Lunatic asylums Madras 1892-1911 - 1892-1911
Year: 1892
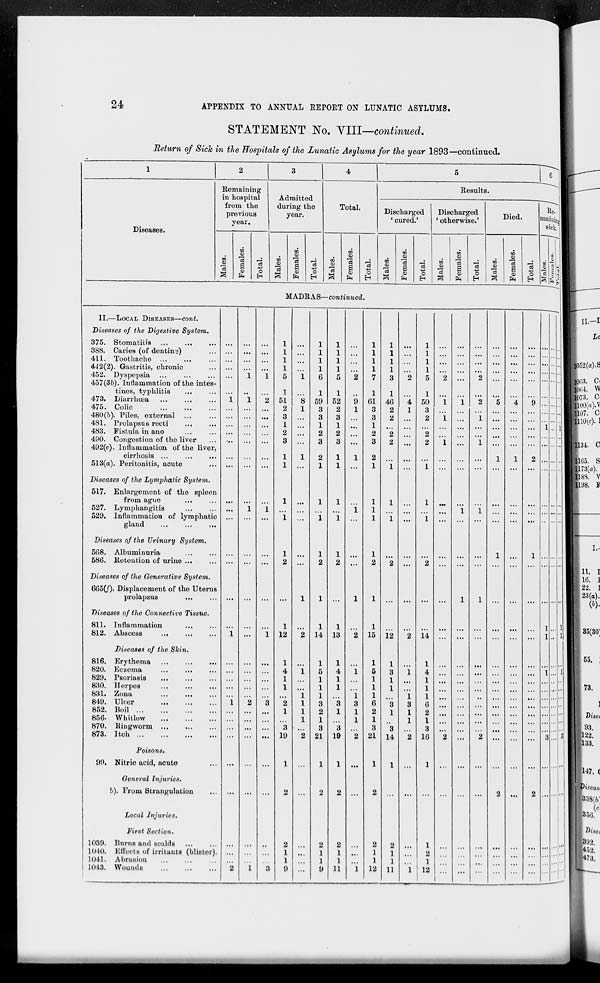
24
APPENDIX TO ANNUAL REPORT ON LUNATIC ASYLUMS.
STATEMENT No. VIII—continued.
Return of Sick in the Hospitals of the Lunatic Asylums for the year 1893—continued.
1
Diseases.
2
Remaining
in hospital
from the
previous
year.
Males.
Females.
Total.
3
Admitted
during the
year.
Males.
Females.
Total.
4
Total.
Males.
Females.
Total.
5 6
Results.
Discharged
'cured.'
Males.
Females.
Total.
Discharged
'otherwise.'
Males.
Females.
Total.
Died.
Males.
Females.
Total.
Re-
maining
sick.
Males.
Females.
Total.
MADRAS—continued.
II.—LOCAL DISEASES—cont.
Diseases of the Digestive
System.
375. Stomatitis ... ...
...
388. Caries (of dentine) ...
411. Toothache
...
...
...
442(2). Gastritis, chronic ...
452. Dyspepsia ... ... ...
457(3b). Inflammation of the intes-
tines, typhlitis ... ...
473. Diarrhœa ... ... ...
475. Colic
...
...
...
480(b). Piles, external
...
...
481. Prolapsus recti ... ...
483. Fistula in ano ... ...
490. Congestion of the liver ...
492(c). Inflammation of the liver,
cirrhosis ... ... ...
513(a). Peritonitis, acute ...
Diseases of the Lymphatic
System.
517. Enlargement of the spleen
from ague ... ...
527. Lymphangitis ... ...
529. Inflammation of lymphatic
gland
...
...
...
Diseases of the Urinary
System.
568. Albuminuria ... ...
586. Retention of urine ... ...
Diseases of the Generative
System.
665(f). Displacement of the Uterus
prolapsus
Diseases of the Connective Tissue.
811. Inflammation ... ...
812. Abscess
...
...
...
Diseases of the Skin.
816. Erythema
...
...
...
820. Eczema
...
...
...
829. Psoriasis
...
...
...
830. Herpes
...
...
...
831. Zona ... ... ...
849. Ulcer
...
...
...
852. Boil
...
...
...
...
856. Whitlow
...
...
...
870. Ringworm
...
...
...
873. Itch
...
...
...
...
Poisons.
99. Nitric acid, acute ...
General
Injuries.
(b). From Strangulation ...
Local
Injuries.
First Section.
1039. Burns and scalds ... ...
1040. Effects of irritants (blister).
1041. Abrasion ... ... ...
1043. Wounds
...
...
...
...
...
...
...
.. .
...
1
...
...
...
...
...
...
...
...
...
...
...
...
...
...
1
...
...
...
...
...
1
...
...
...
...
...
...
...
...
...
2
...
...
...
...
1
...
1
...
...
...
...
...
...
...
...
1
...
...
...
...
...
...
...
...
...
...
...
2
...
...
...
...
...
...
...
...
...
1
...
...
...
...
1
...
2
...
...
...
...
...
...
...
...
1
...
...
...
...
...
1
...
...
...
...
...
3
...
...
...
...
...
...
...
...
...
3
1
1
1
1
5
1
51
2
3
1
2
3
1
1
1
...
1
1
2
...
1
12
1
4
1
1
...
2
1
...
3
19
1
2
2
1
1
9
...
...
...
...
1
...
8
1
...
...
...
...
1
...
...
...
...
...
...
1
...
2
...
1
...
...
1
1
1
1
...
2
...
...
...
...
...
...
1
1
1
1
6
1
59
3
3
1
2
3
2
1
1
...
1
1
2
1
1
14
1
5
1
1
1
3
2
1
3
21
1
2
2
1
1
9
1
1
1
1
5
1
52
2
3
1
2
3
1
1
1
...
1
1
2
...
1
13
1
4
1
1
...
3
1
...
3
19
1
2
2
1
1
11
...
...
...
...
2
...
9
1
...
...
...
...
1
...
...
1
...
...
...
1
...
2
...
1
...
...
1
3
1
1
...
2
...
...
...
...
...
1
1
1
1
1
7
1
61
3
3
1
2
3
2
1
1
1
1
1
2
1
1
15
1
5
1
1
1
6
2
1
3
21
1
2
2
1
1
12
1
1
1
1
3
1
46
2
2
...
2
2
...
1
1
...
1
...
2
...
...
12
1
3
1
1
...
3
1
...
3
14
1
...
2
1
1
11
...
...
...
...
2
...
4
1
...
...
...
...
...
...
...
...
...
...
...
...
...
2
...
1
...
...
1
3
1
1
...
2
...
...
...
...
...
1
1
1
1
1
5
1
50
3
2
...
2
2
...
1
1
...
1
...
2
...
...
14
1
4
1
1
1
6
2
1
3
16
1
...
1
2
1
12
...
...
...
...
2
...
1
...
1
...
...
1
...
...
...
...
...
...
...
...
...
...
...
...
...
...
...
...
...
...
...
2
...
...
...
...
...
...
...
...
...
...
...
...
1
...
...
...
...
...
...
...
...
1 ...
...
...
1
...
...
...
...
...
...
...
...
...
...
...
...
...
...
...
...
...
...
...
...
...
...
2
...
2
...
1
...
...
1
...
...
...
1
...
...
...
1
...
...
...
...
...
...
...
...
...
...
...
2
...
...
...
...
...
...
...
...
...
...
...
...
5
...
...
...
...
...
1
...
...
...
...
1
...
...
...
...
...
...
...
...
...
...
...
...
...
...
...
2
...
...
...
...
...
...
...
...
...
...
4
...
...
...
...
...
1
...
...
...
...
...
...
...
...
...
...
...
...
...
...
...
...
...
...
...
...
...
...
...
...
...
...
...
...
...
...
...
9
...
...
...
...
...
2
...
...
...
...
1
...
...
...
...
...
...
...
...
...
...
...
...
...
...
...
2
...
...
...
...
...
...
...
...
...
...
...
...
1
...
...
...
...
...
...
...
...
1
1
...
1
....
....
....
....
....
...
....
3
...
...
...
...
...
...
...
...
...
...
...
...
...
...
...
1
...
...
...
...
...
...
...
...
...
...
...
...
...
...
...
...
...
...
...
...
...
...
...
...
...
...
...
...
...
...
...
...
...
...
...
...
...
...
...
...
...
...
...
...
...
...
...
...
1
1
...
1
...
...
...
...
...
...
...
3
...
...
...
...
...
...